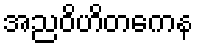
အညဝိဟိတကေန